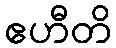
ဧဟီတိ